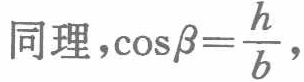
同理，\(\cos\beta=\frac{h}{b}\)，